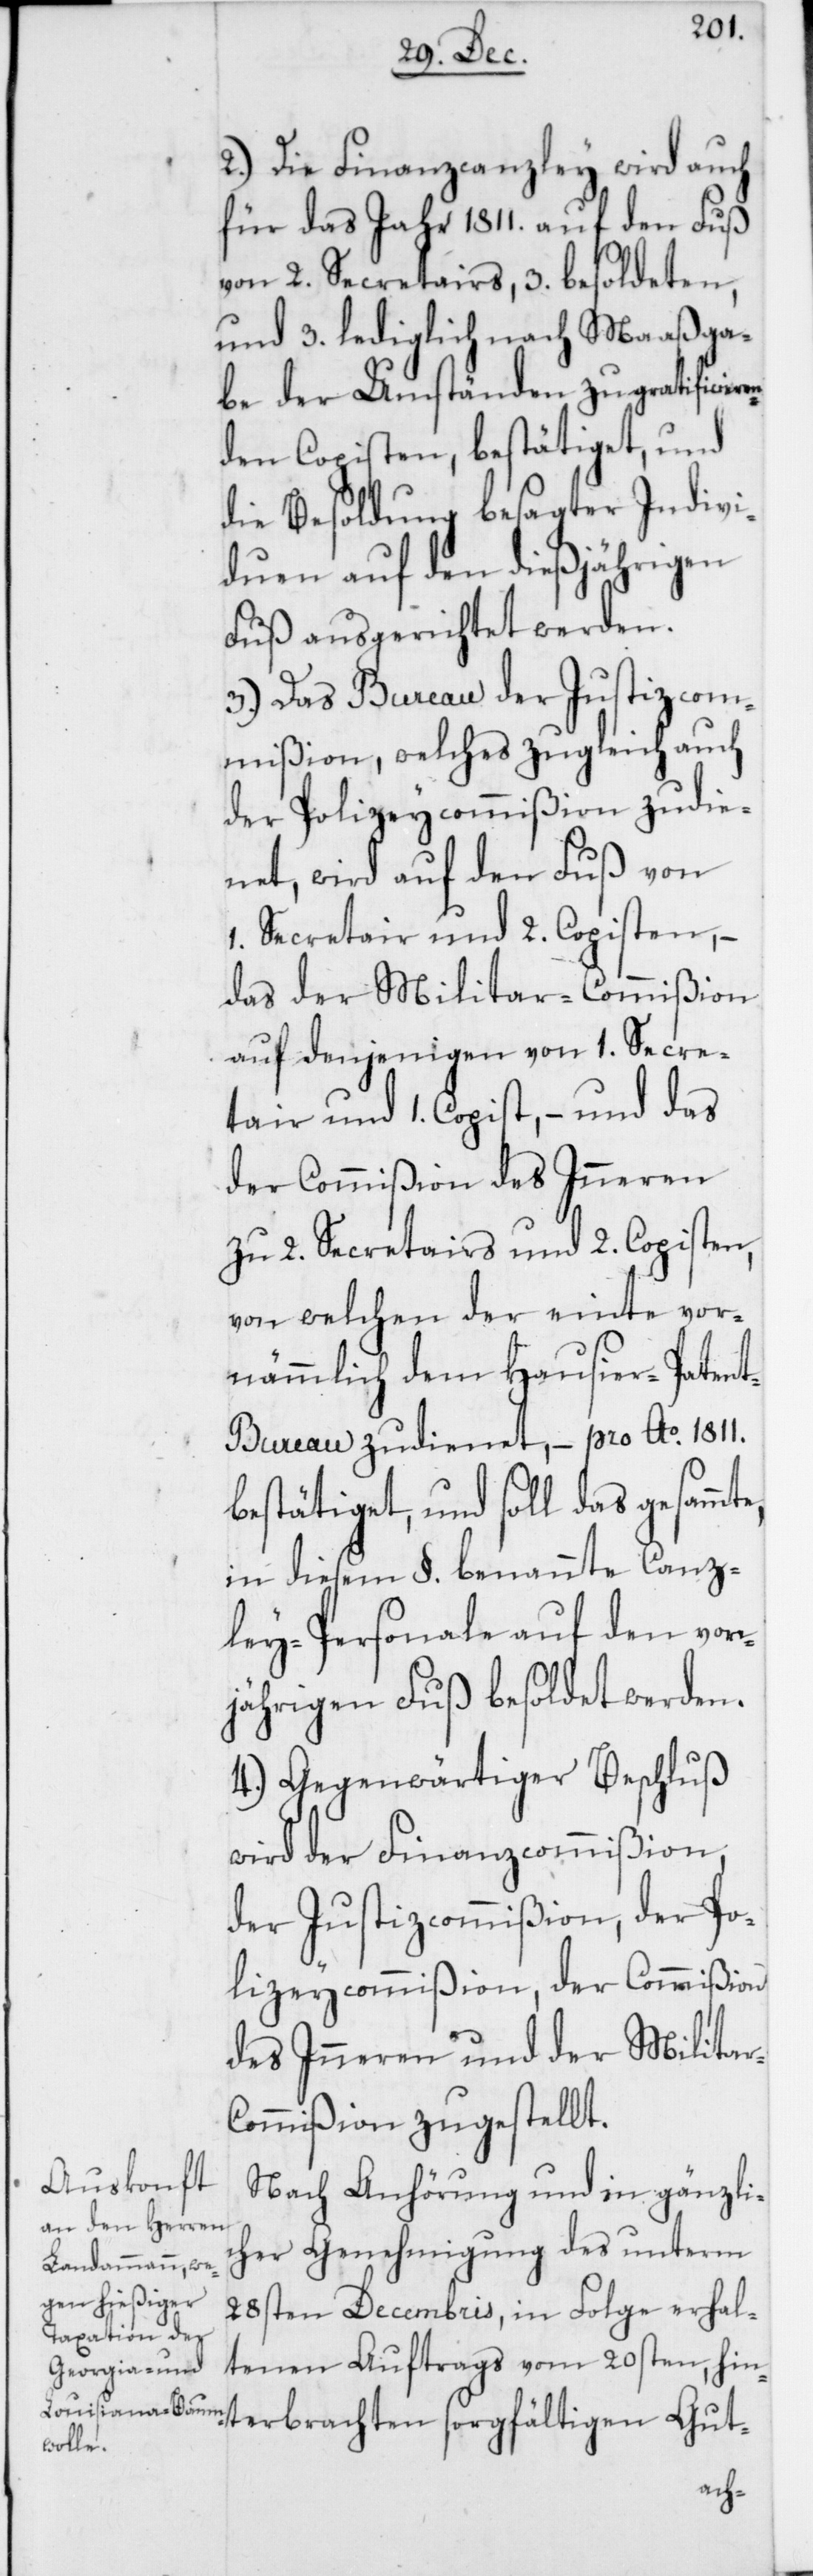
2.) Die Finanzcanzley wird auch
für das Jahr 1811. auf den Fuß
von 2. Secretairs, 3. besoldeten,
und 3. lediglich nach Maaßga¬
be der Umständen zu gratificieren¬
den Copisten, bestätiget, und
die Besoldung besagter Indivi¬
duen auf den dießjährigen
Fuß ausgerichtet werden.
3.) Das Bureau der Justizcom¬
mißion, welches zugleich auch
der Polizeycommißion zudie¬
net, wird auf den Fuß von
1. Secretair und 2. Copisten, –
das der Militar-Commißion
auf denjenigen von 1. Secre¬
tair und 1. Copist, – und das
der Commißion des Inneren
zu 2. Secretairs und 2. Copisten,
von welchen der einte vor¬
nämmlich dem Hausier-Paten¬
t-Bureau zudienet, – pro Ao. 1811.
bestätiget, und soll das gesammte,
in diesem §. benannte Canz¬
ley-Personale auf den vor¬
jährigen Fuß besoldet werden.
4.) Gegenwärtiger Beschluß
wird der Finanzcommißion,
der Justizcommißion, der Po¬
lizeycommißion, der Commißion
des Inneren und der Militar-C¬
ommißion zugestellt.
Nach Anhörung und in gänzli¬
cher Genehmigung des unterm
28sten Decembris, in Folge erhal¬
tenen Auftrags vom 20sten, hin¬
terbrachten sorgfältigen Gut-